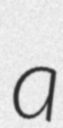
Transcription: a